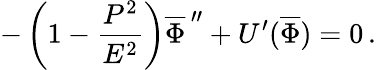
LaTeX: -\left(1-\frac{P^{2}}{E^{2}}\right)\overline{{{\Phi}}}^{\, \prime\prime}+U^{\prime}(\overline{{{\Phi}}})=0\, .